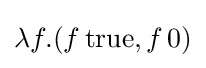
\lambda f.(f\,{\textrm {true}},f\,{\textrm {0}})